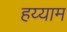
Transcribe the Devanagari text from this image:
हय्याम